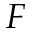
F